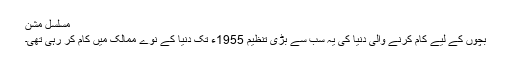
مسلسل مشن
بچوں کے لیے کام کرنے والی دنیا کی یہ سب سے بڑی تنظیم 1955ء تک دنیا کے نوے ممالک میں کام کر رہی تھی۔